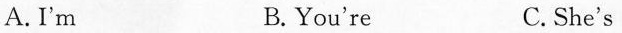
A.I'm B.You're C.She's